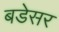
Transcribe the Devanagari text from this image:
बडेसर